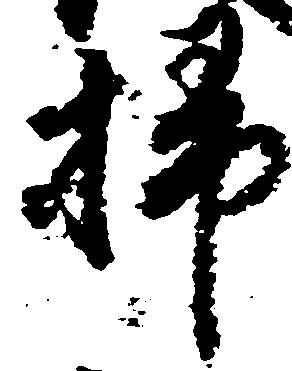
掃